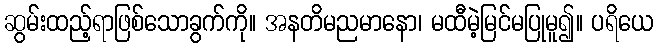
ဆွမ်းထည့်ရာဖြစ်သောခွက်ကို။ အနတိမညမာနော၊ မထီမဲ့မြင်မပြုမူ၍။ ပရိယေ